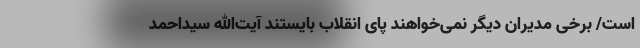
است/ برخی مدیران دیگر نمی‌خواهند پای انقلاب بایستند آیت‌الله سیداحمد